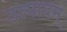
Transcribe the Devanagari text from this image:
उत्पादन्